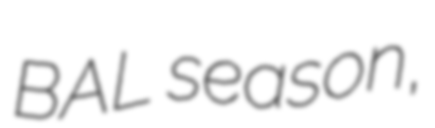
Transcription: BAL season,